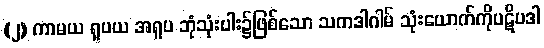
(၂) ကာမယ ရူပယ အရူပ ဘုံသုံးပါး၌ဖြစ်သော သကဒါဂါမ် သုံးယောက်ကိုပဋိပဒါ